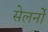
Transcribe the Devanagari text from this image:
सेलर्नो